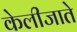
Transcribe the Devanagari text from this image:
केलीजाते